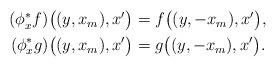
LaTeX: \begin{align*}\begin{aligned}(\phi^{*}_{x} f)\big((y, x_{m}),x'\big)&= f\big((y, -x_{m}),x'\big), \\(\phi^{*}_{x} g)\big((y, x_{m}),x'\big)&= g\big((y, -x_{m}),x'\big).\end{aligned}\end{align*}